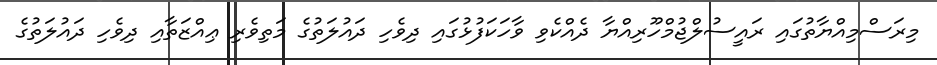
މިރަސްމިއްޔާތުގައި ރައީސުލްޖުމްހޫރިއްޔާ ދެއްކެވި ވާހަކަފުޅުގައި ދިވެހި ދައުލަތުގެ މަތިވެރި ޢިއްޒަތާއި ދިވެހި ދައުލަތުގެ